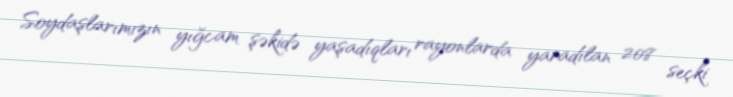
Soydaşlarımızın yığcam şəkidə yaşadıqları rayonlarda yaradılan 208 seçki